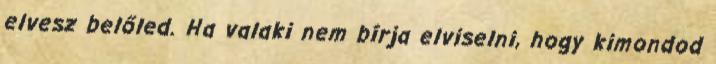
elvesz belőled. Ha valaki nem bírja elviselni, hogy kimondod